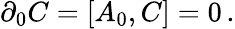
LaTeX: \partial_{0}C=[A_{0},C]=0\, .